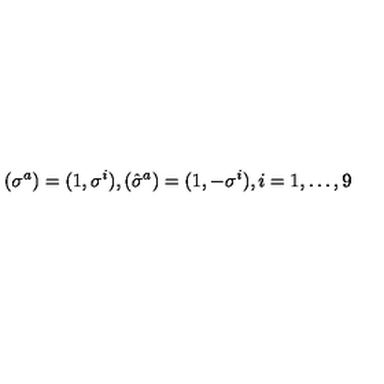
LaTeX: ( \sigma ^ { a } ) = ( 1 , \sigma ^ { i } ) , ( \hat { \sigma } ^ { a } ) = ( 1 , - \sigma ^ { i } ) , i = 1 , \ldots , 9